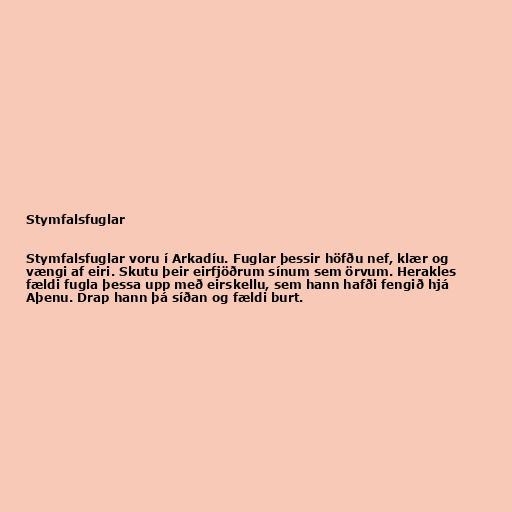
Stymfalsfuglar

Stymfalsfuglar voru í Arkadíu. Fuglar þessir höfðu nef, klær og
vængi af eiri. Skutu þeir eirfjöðrum sínum sem örvum. Herakles
fældi fugla þessa upp með eirskellu, sem hann hafði fengið hjá
Aþenu. Drap hann þá síðan og fældi burt.